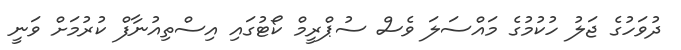
ދުވަހުގެ ޖަލު ހުކުމުގެ މައްސަލަ ވެސް ސުޕްރީމް ކޯޓުގައި އިސްތިއުނާފް ކުރުމަށް ވަނީ